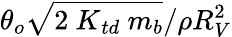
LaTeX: \theta_{o}\sqrt{2{\ K}_{td}\ m_{b}}/\rho R_{V}^{2}